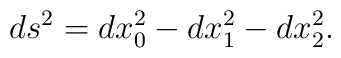
ds^2=dx_0^2-dx_1^2-dx_2^2.